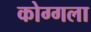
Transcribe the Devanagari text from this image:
कोग्गला